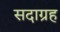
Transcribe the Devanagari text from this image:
सदाग्रह